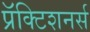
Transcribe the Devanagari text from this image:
प्रॅक्टिशनर्स